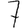
Digit: 7